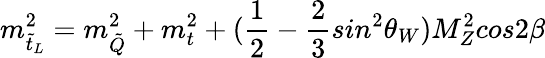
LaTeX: m_{\tilde{t}_{L}}^{2}=m_{\tilde{Q}}^{2}+m_{t}^{2}+(\frac{1}{2}-\frac{2}{3}sin^{2}\theta_{W})M_{Z}^{2}cos2\beta